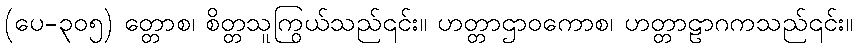
(ပေ-၃၀၅) တ္တောစ၊ စိတ္တသူကြွယ်သည်၎င်း။ ဟတ္တာဌာဝကောစ၊ ဟတ္တာဠာဂကသည်၎င်း။